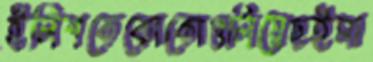
ইলিশকেকোকোগুলিয়েছইমা